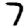
Digit: 7